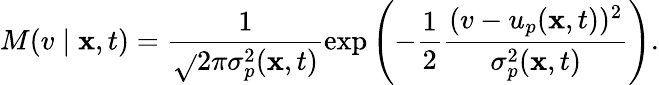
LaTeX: M(v\mid\mathbf{x},t)=\frac{{1}}{{\sqrt{}{{2\pi\sigma_{p}^{2}(\mathbf{x},t)}}}}\exp\left(-\frac{{1}}{{2}}\frac{{(v-u_{p}(\mathbf{x},t))^{2}}}{{\sigma_{p}^{2}(\mathbf{x},t)}}\right).